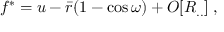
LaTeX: f ^ { * } = u - { \bar { r } } ( 1 - \cos \omega ) + O [ R _ { . . } ] \; ,